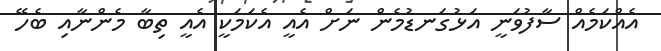
އެއްކަމެއް ސާފުވަނީ އަޅުގަނޑުމެން ނަށް އެއީ އެކަމަކީ އެއީ ތިބާ މެންނާއި ބެހޭ